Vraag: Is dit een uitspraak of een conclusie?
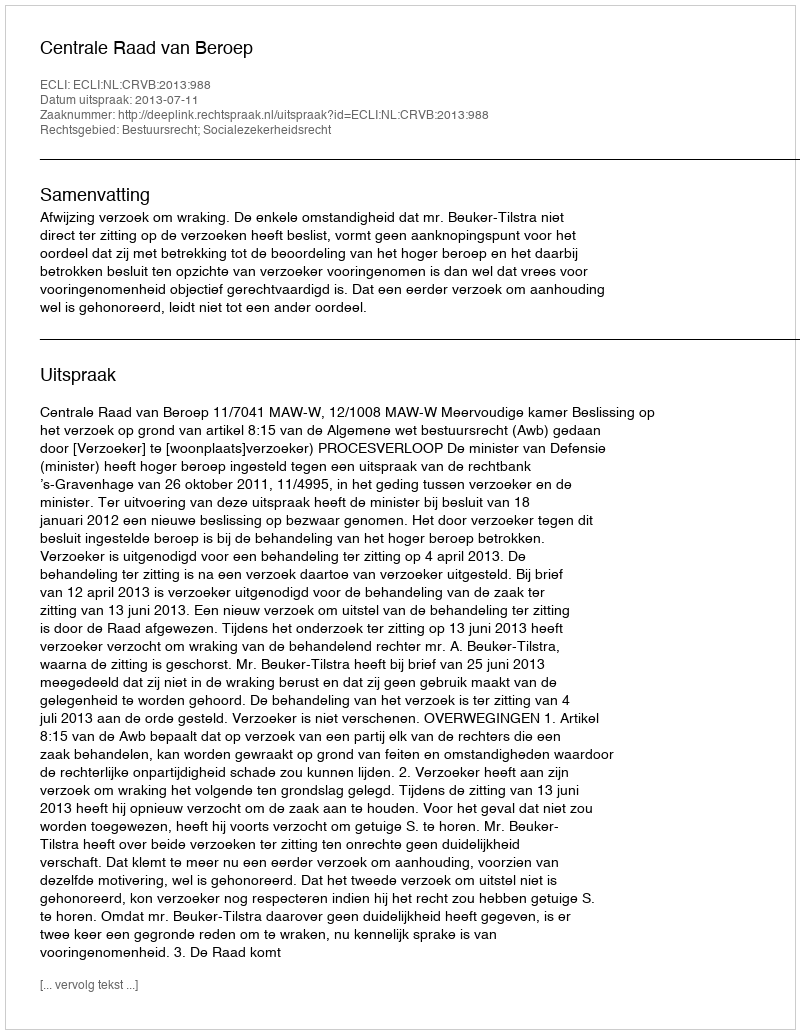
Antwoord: Uitspraak